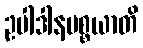
ဥပါဒါနပစ္စယာတိ